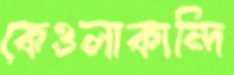
কেওলাকান্দি